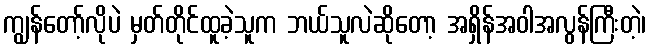
ကျွန်တော့်လိုပဲ မှတ်တိုင်ထူခဲ့သူက ဘယ်သူလဲဆိုတော့ အရှိန်အဝါအလွန်ကြီးတဲ့၊